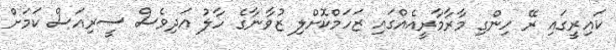
ކައިރީގައި ރޭ ހިންގި މާރާމާރީއެއްގައި ޒަހަމްކޮށްލި ޒުވާނާގެ ހާލު އަދިވެސް ސީރިއަސް ކަމަށް